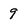
Character: 9